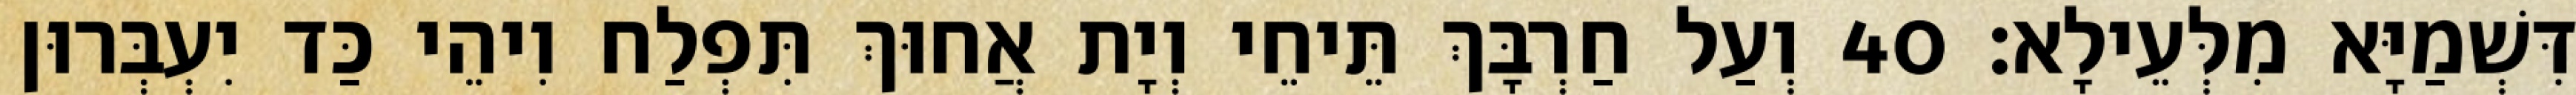
דִּשְׁמַיָּא מִלְּעֵילָא׃ 40 וְעַל חַרְבָּךְ תֵּיחֵי וְיָת אֲחוּךְ תִּפְלַח וִיהֵי כַּד יִעְבְּרוּן